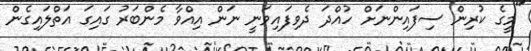
"މީގެ ކުރިން ސިފައިންނަށް ހުއްދަ ދެވިފައިވަނީ ނަން އިއްވާ މެންބަރު ގައިގަ އަތްލައިގެން